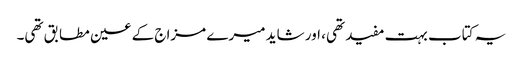
یہ کتاب بہت مفید تھی، اور شاید میرے مزاج کے عین مطابق تھی۔